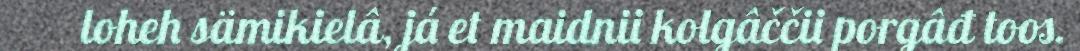
loheh sämikielâ, já et maidnii kolgâččii porgâđ toos.